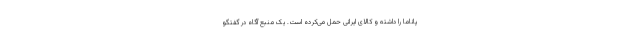
پاناما را داشته و کالای ایرانی حمل می‌کرده است. یک منبع آگاه در گفتگو